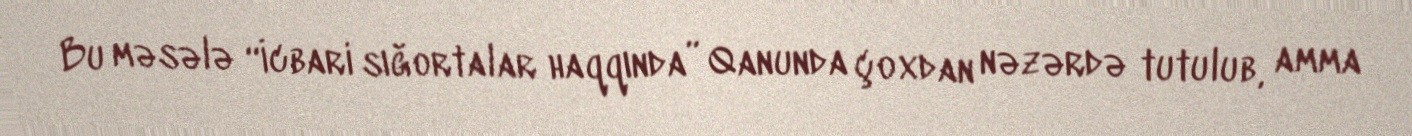
Bu məsələ “İcbari sığortalar haqqında” Qanunda çoxdan nəzərdə tutulub, amma